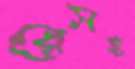
রেসহ